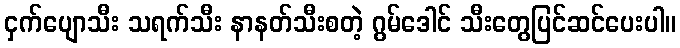
ငှက်ပျောသီး သရက်သီး နာနတ်သီးစတဲ့ ဂွမ်ဒေါင် သီးတွေပြင်ဆင်ပေးပါ။